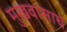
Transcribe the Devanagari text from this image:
मुखवासाचे